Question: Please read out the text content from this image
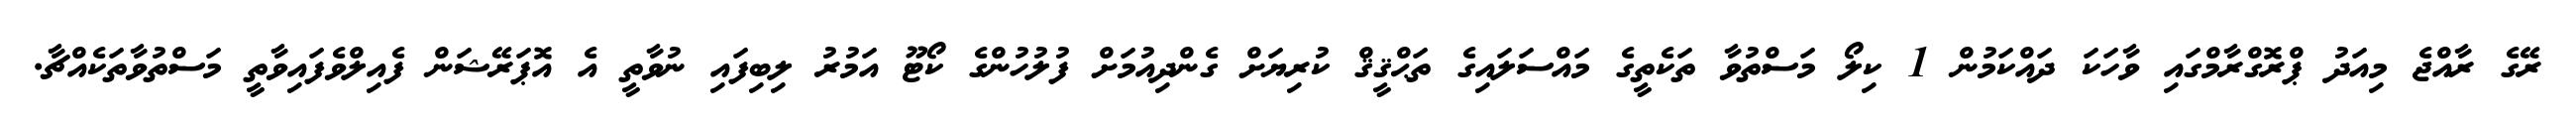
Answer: ރޭގެ ރާއްޖެ މިއަދު ޕްރޮގްރާމްގައި ވާހަކަ ދައްކަމުން 1 ކިލޯ މަސްތުވާ ތަކެތީގެ މައްސަލައިގެ ތަޙްޤީޤް ކުރިޔަށް ގެންދިއުމަށް ފުލުހުންގެ ކޯޓޫ އަމުރު ލިބިފައި ނުވާތީ އެ އޮޕަރޭޝަން ފެއިލްވެފައިވާތީ މަސްތުވާތަކެއްޗާ.